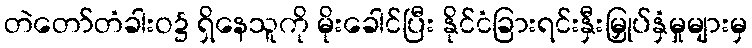
တဲတော်တံခါးဝ၌ ရှိနေသူကို မိုးခေါင်ပြီး နိုင်ငံခြားရင်းနှီးမြှုပ်နှံမှုများမှ